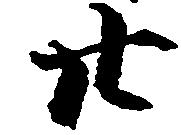
廿